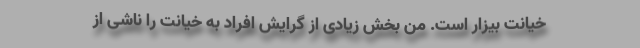
خیانت بیزار است. من بخش زیادی از گرایش افراد به خیانت را ناشی از